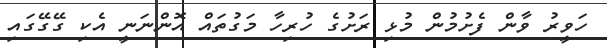
ހަވީރު ވާން ފެށުމުން މުޅި ރަށުގެ ހުރިހާ މަގުތައް އޮންނަނީ އެކި ގޭގޭގައި